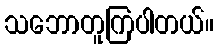
သဘောတူကြပါတယ်။